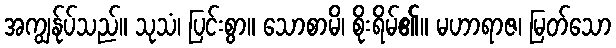
အကျွန်ုပ်သည်။ သုသံ၊ ပြင်းစွာ။ သောစာမိ၊ စိုးရိမ်၏။ မဟာရာဇ၊ မြတ်သော